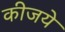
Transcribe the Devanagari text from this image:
कीजये